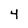
Character: 4